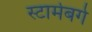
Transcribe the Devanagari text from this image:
स्टार्मबर्ग